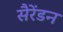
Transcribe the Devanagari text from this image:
सैरेंडन